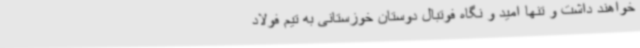
خواهند داشت و تنها امید و نگاه فوتبال دوستان خوزستانی به تیم فولاد